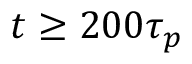
t \geq 2 0 0 \tau _ { p }